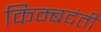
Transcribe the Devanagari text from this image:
किम्बदंती